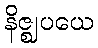
နိဇ္ဈပယေ